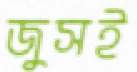
জুসই